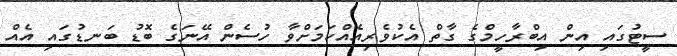
ސީޓުގައި އިން އިބްރާހީމްގެ ގާތް އެކުވެރިއެއްކަމަށްވާ ހުސެން އޭނަގެ ބޮޑު ބަނޑުގައި އެއް